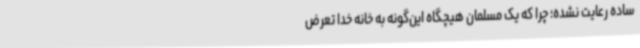
ساده رعایت نشده؛ چرا که یک مسلمان هیچگاه این‌گونه به خانه خدا تعرض